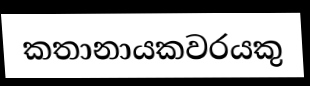
කතානායකවරයකු